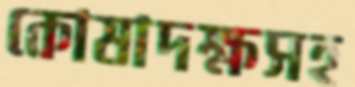
কোষাদক্ষসহ